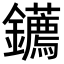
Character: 𨰂